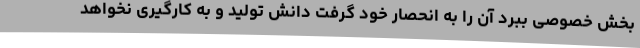
بخش خصوصی ببرد آن را به انحصار خود گرفت دانش تولید و به کارگیری نخواهد